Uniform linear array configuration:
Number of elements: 32
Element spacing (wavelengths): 0.25
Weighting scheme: hann
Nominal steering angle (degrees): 60
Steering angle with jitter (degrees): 58.923
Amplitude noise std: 0.05
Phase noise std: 0.05

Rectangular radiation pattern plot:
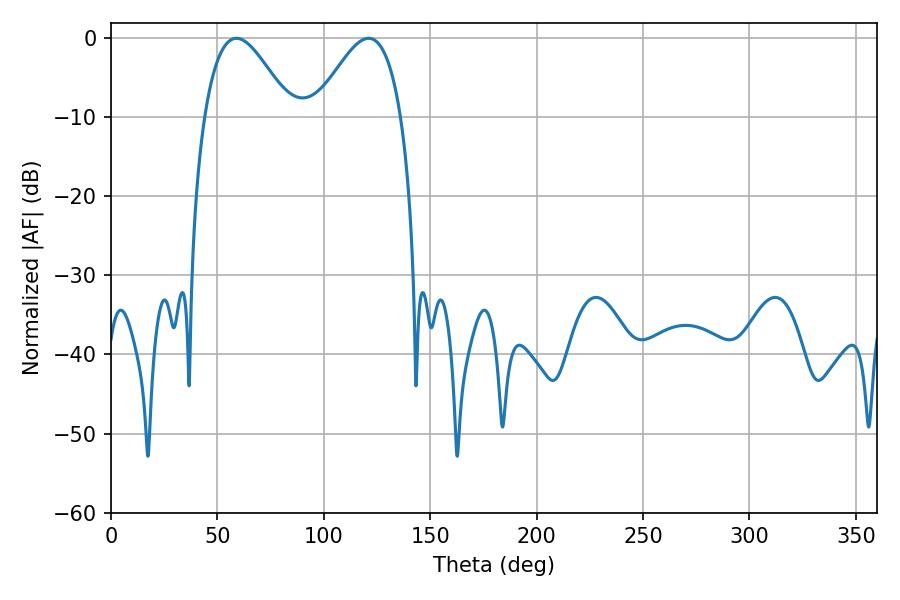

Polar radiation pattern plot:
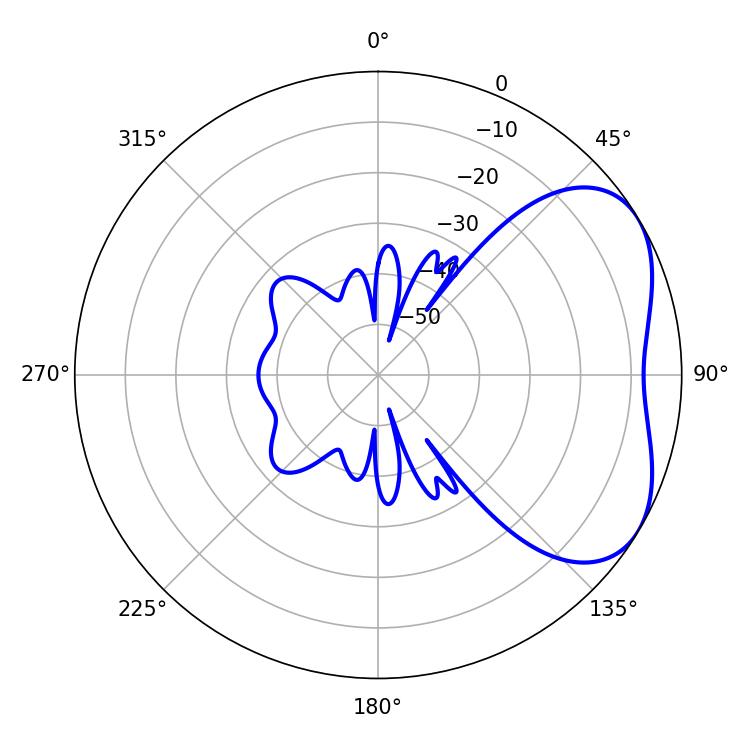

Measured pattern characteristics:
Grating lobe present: FALSE
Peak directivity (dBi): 4.269
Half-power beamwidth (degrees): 21.78
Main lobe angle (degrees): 58.86